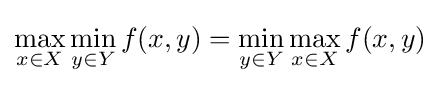
\max _{x\in X}\min _{y\in Y}f(x,y)=\min _{y\in Y}\max _{x\in X}f(x,y)